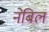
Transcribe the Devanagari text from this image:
नेबिल